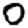
Digit: 0